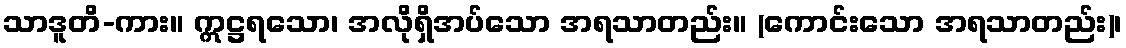
သာဒူတိ-ကား။ ဣဋ္ဌရသော၊ အလိုရှိအပ်သော အရသာတည်း။ (ကောင်းသော အရသာတည်း)၊